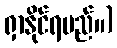
ရှာနိုင်ရမည်။)